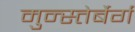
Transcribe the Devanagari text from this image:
मुन्स्तेर्बेर्ग